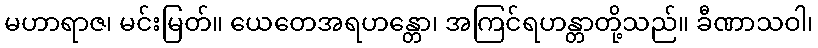
မဟာရာဇ၊ မင်းမြတ်။ ယေတေအရဟန္တော၊ အကြင်ရဟန္တာတို့သည်။ ခီဏာသဝါ၊